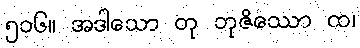
၅၁၆။ အဒါသော တု ဘုဇိဿော ထ၊